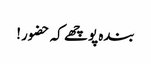
بندہ پوچھے کہ حضور!